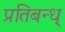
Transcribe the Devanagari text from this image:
प्रतिबन्ध्